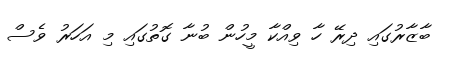
ބާޒާރުގައި ދިރޭ ހާ ވިއްކާ މީހުން ބުނާ ގޮތުގައި މި އަހަރު ވެސް